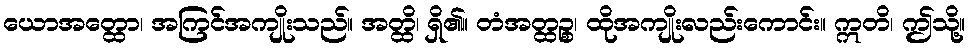
ယောအတ္ထော၊ အကြင်အကျိုးသည်။ အတ္ထိ၊ ရှိ၏။ တံအတ္ထဉ္စ၊ ထိုအကျိုးလည်းကောင်း။ ဣတိ၊ ဤသို့။